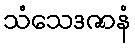
သံသေဒဇာနံ